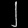
Digit: ၂